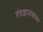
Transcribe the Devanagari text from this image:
तंत्रज्ञानाबाबत